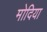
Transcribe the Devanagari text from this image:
मोदिया